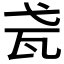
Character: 𤬩